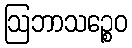
ဩဘာသဉ္စေဝ